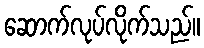
ဆောက်လုပ်လိုက်သည်။